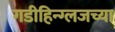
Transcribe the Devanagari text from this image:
गडीहिन्ग्लजच्या